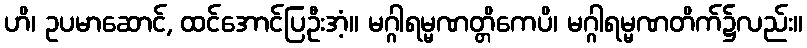
ဟိ၊ ဥပမာဆောင်, ထင်အောင်ပြဦးအံ့။ မဂ္ဂါရမ္မဏတ္တိကေပိ၊ မဂ္ဂါရမ္မဏတိက်၌လည်း။